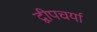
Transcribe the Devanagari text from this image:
द्वीपचर्या